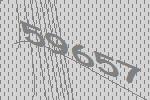
59657